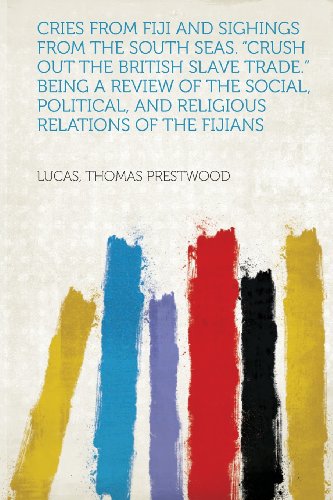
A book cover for Cries from Fiji and Sighings from the South Seas. Crush Out the British Slave Trade. Being a Review of the Social, Political, and Religious Relation; Lucas Thomas Prestwood; History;